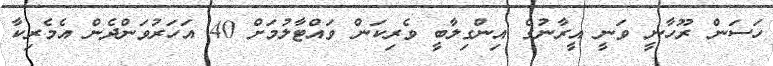
ހަސަން ރޫހާނީ ވަނީ އީރާނުގެ އިންގިލާބީ ވެރިކަން ވައްޓާލުމަށް 40 އަހަރުވަންދެން އެމެރިކާ